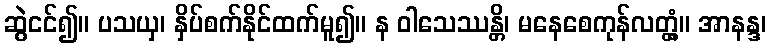
ဆွဲငင်၍။ ပသယှ၊ နှိပ်စက်နိုင်ထက်မူ၍။ န ဝါသေဿန္တိ၊ မနေစေကုန်လတ္တံ့။ အာနန္ဒ၊